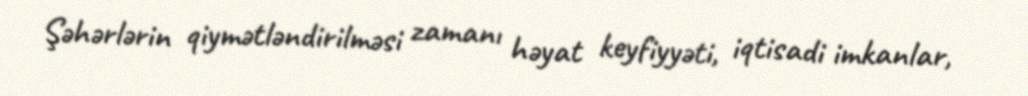
Şəhərlərin qiymətləndirilməsi zamanı həyat keyfiyyəti, iqtisadi imkanlar,